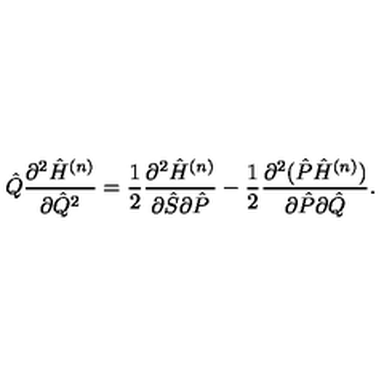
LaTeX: { \hat { Q } } \frac { \partial ^ { 2 } { \hat { H } } ^ { ( n ) } } { \partial { \hat { Q } } ^ { 2 } } = \frac { 1 } { 2 } \frac { \partial ^ { 2 } { \hat { H } } ^ { ( n ) } } { \partial { \hat { S } } \partial { \hat { P } } } - \frac { 1 } { 2 } \frac { \partial ^ { 2 } ( { \hat { P } } { \hat { H } } ^ { ( n ) } ) } { \partial { \hat { P } } \partial { \hat { Q } } } .